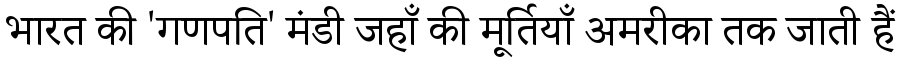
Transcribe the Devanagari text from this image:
भारत की 'गणपति' मंडी जहाँ की मूर्तियाँ अमरीका तक जाती हैं